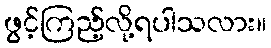
ဖွင့်ကြည့်လို့ရပါသလား။